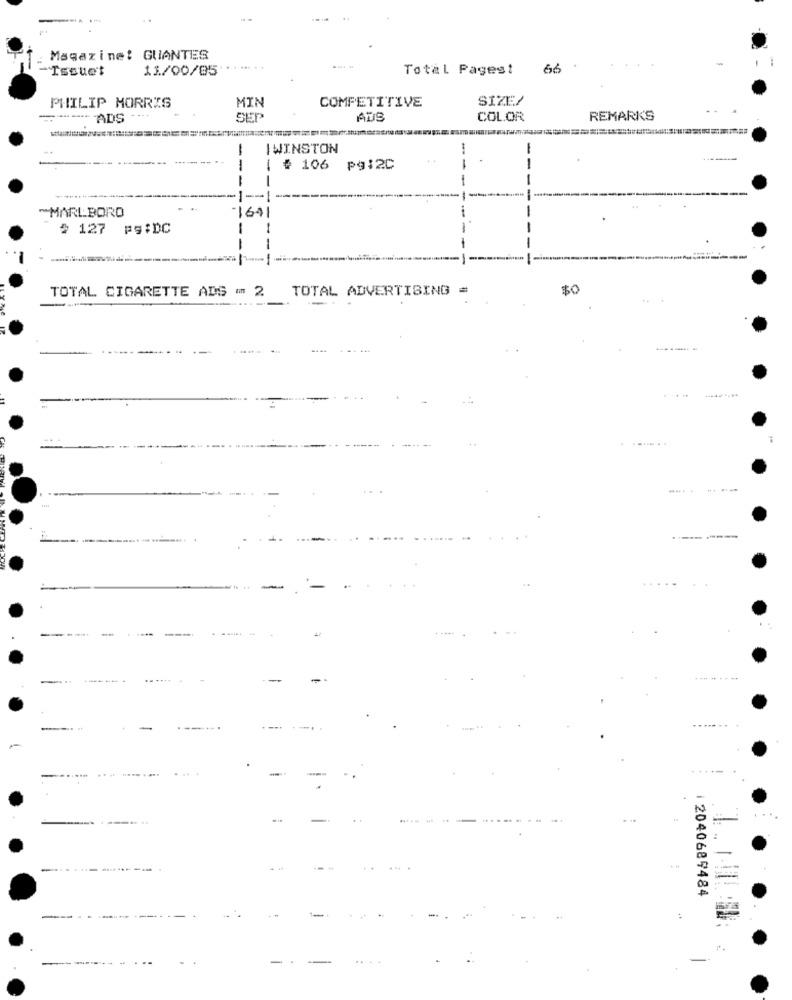
Magazine: GUANTES
Issue't
11/00/05 *******
Total Pagest 66
PHILIP MORRIS
MIN
COMPETITIVE
SIZE/
.. +
--- ADS
SET
COLOR
REMARK'S
IWINSTON
-
--
1
# 106
pg:2C
MARLBORO
1611
# 127 FS:DC
-
-
TOTAL CIGARETTE ADS - 2
TOTAL ADVERTISING =
$0
LY ME
.....
--..
i 2040689484